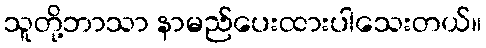
သူတို့ဘာသာ နာမည်ပေးထားပါသေးတယ်။